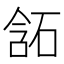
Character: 𰧂